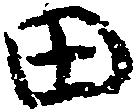
田